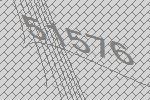
51576